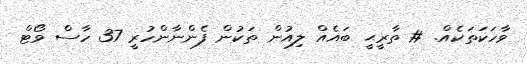
ވާހަކަތަކެއް. # ތާރީޙީ ބައެއް ލިއުން ތަކުން ފެންނާންހުރީ 37 ހާސް ވޯޓް